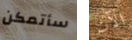
سأتمكن الآن